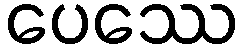
ပေဿေ